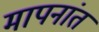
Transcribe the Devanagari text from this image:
मापनांत